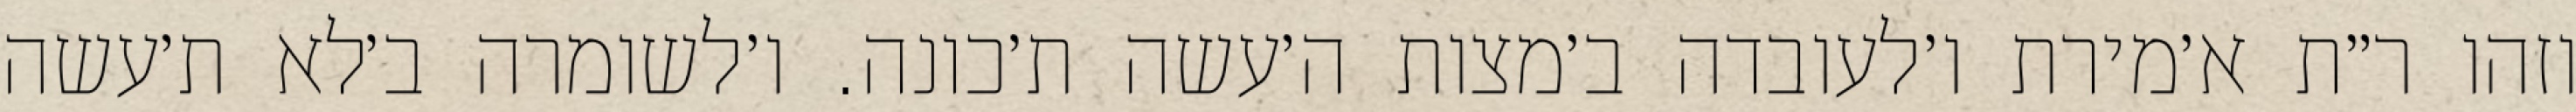
וזהו ר״ת א׳מירת ו׳לעובדה ב׳מצות ה׳עשה ת׳כונה. ו׳לשומרה ב׳לא ת׳עשה